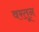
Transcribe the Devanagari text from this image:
वरतून